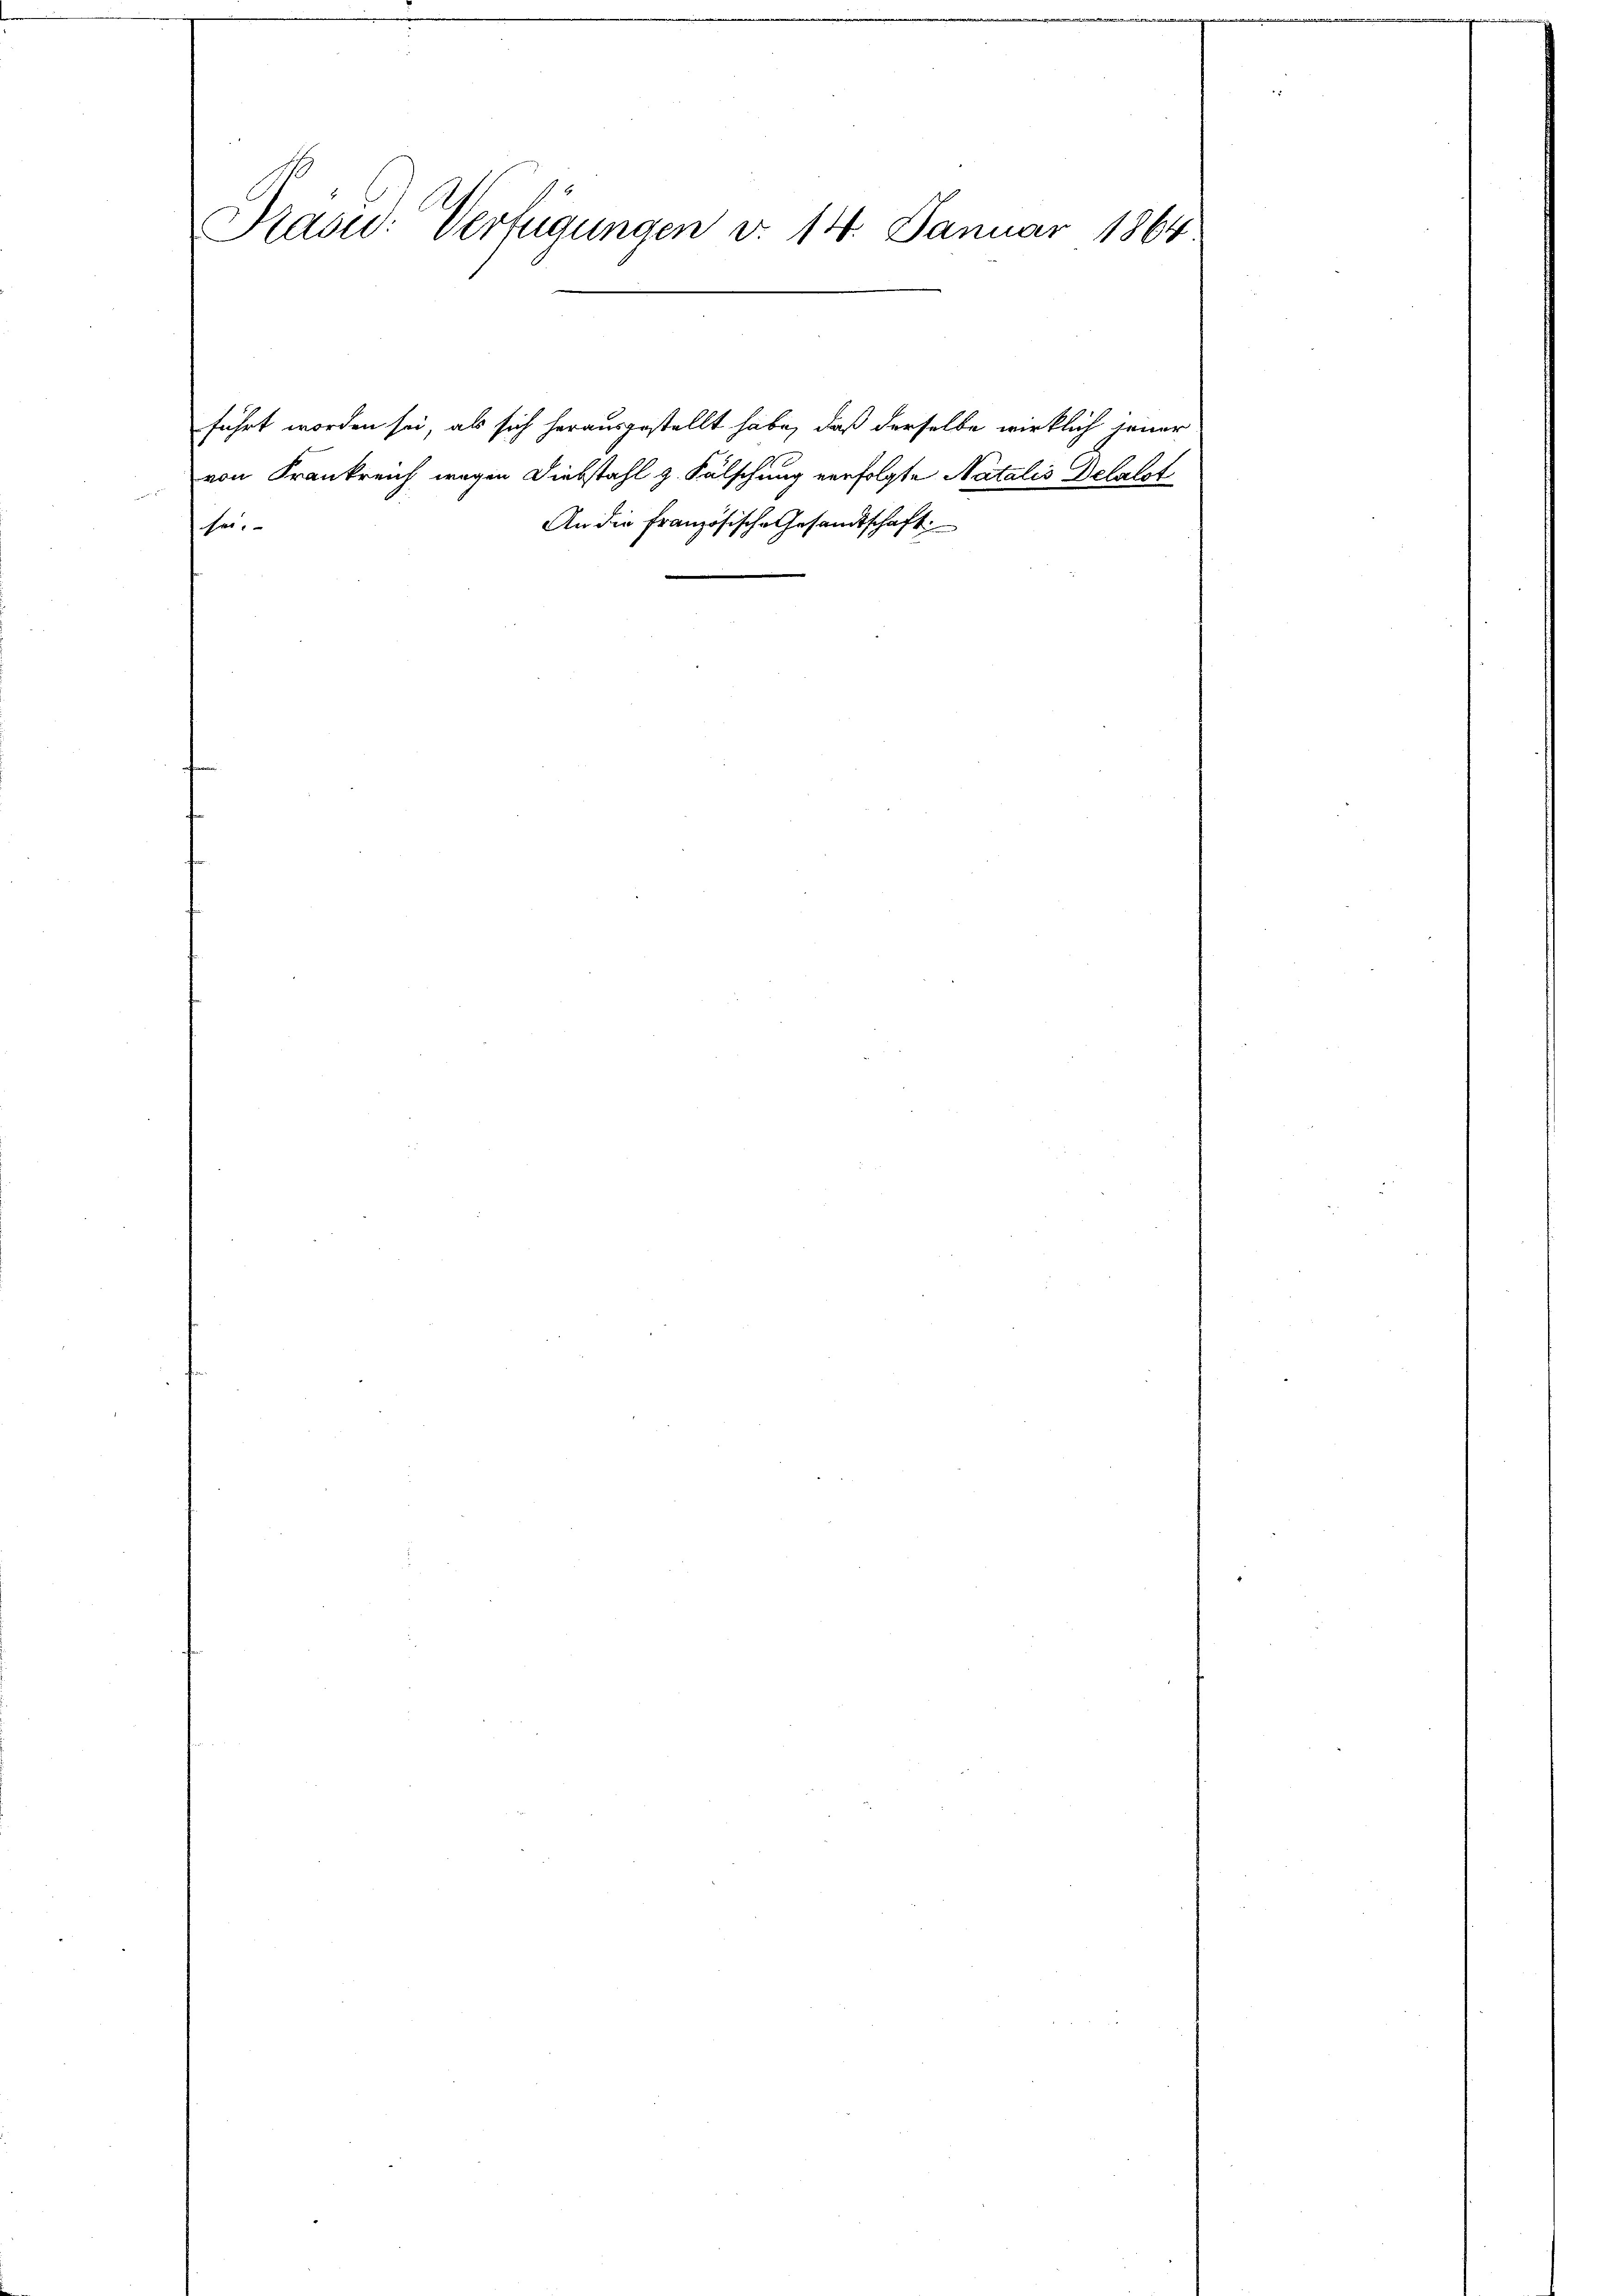
Ras: Verfügungen v. 14. Januar 1864.

führt worden sei, als sich herausgestellt habe, daß derselbe wirklich jener
von Frankreich wegen Diebstahl z. Fälschung verfolgte Natalis Delalst
An die französische Gesandtschaft.
sei,